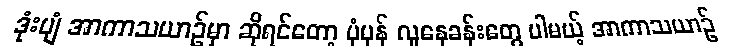
ဒုံးပျံ အာကာသယာဉ်မှာ ဆိုရင်တော့ ပုံမှန် လူနေခန်းတွေ ပါမယ့် အာကာသယာဉ်